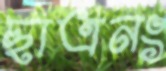
ছাত্রনং